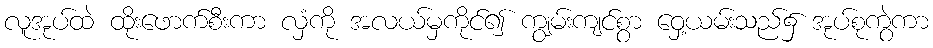
လူအုပ်ထဲ ထိုးဖောက်စီးကာ လှံကို အလယ်မှကိုင်၍ ကျွမ်းကျင်စွာ ဝှေ့ယမ်းသည်၌ အုပ်စုကွဲကာ